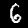
Digit: 6